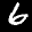
Label: 6